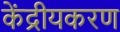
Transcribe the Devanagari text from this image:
केंद्रीयकरण